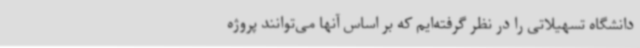
دانشگاه تسهیلاتی را در نظر گرفته‌ایم که بر اساس آنها می‌توانند پروژه